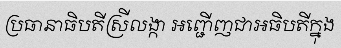
ប្រធានាធិបតីស្រីលង្កា អញ្ជើញជាអធិបតីក្នុង